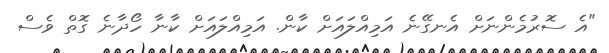
"އެ ސޮރުމެންނަށް އެނގޭނެ އަމިއްލައަށް ކާން. އަމިއްލައަށް ކާނާ ހޯދާނެ ގޮތް ވެސް